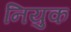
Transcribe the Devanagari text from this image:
नियुक